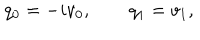
LaTeX: q _ { 0 } = - i v _ { 0 } , \qquad q _ { 1 } = v _ { 1 } ,